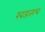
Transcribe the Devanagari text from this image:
खडतरच